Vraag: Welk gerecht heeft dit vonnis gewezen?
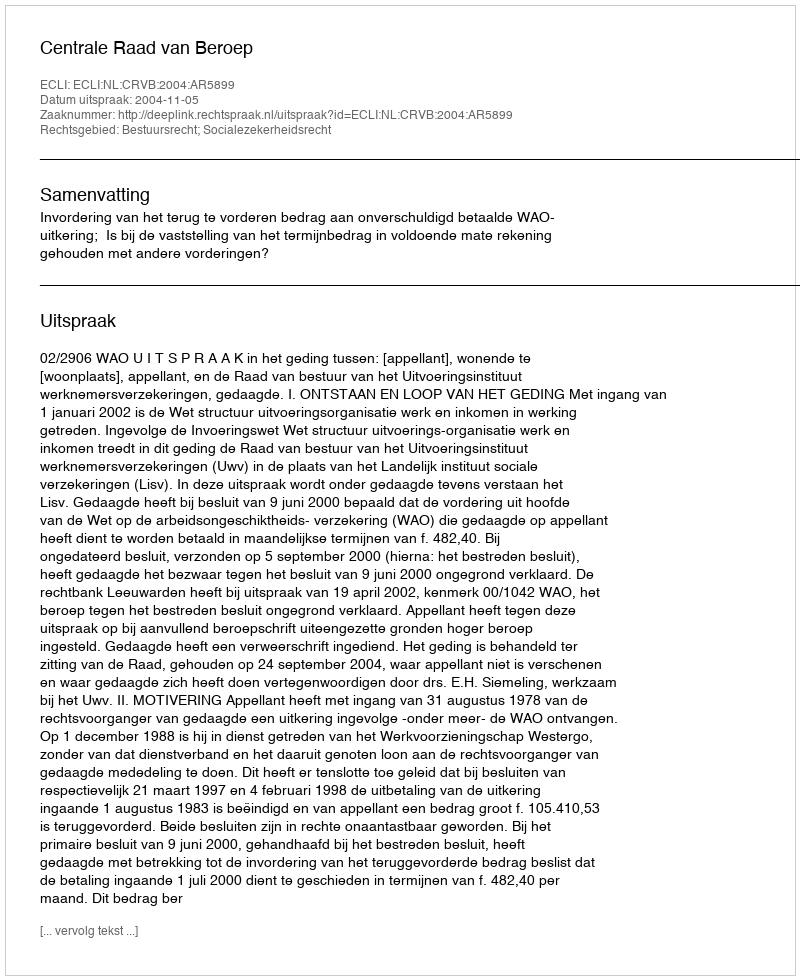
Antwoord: Centrale Raad van Beroep